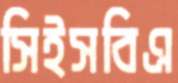
সিইসবিএ